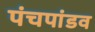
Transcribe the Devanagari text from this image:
पंचपांडव